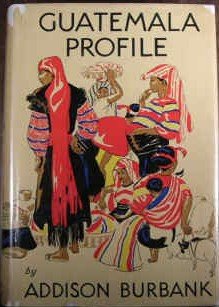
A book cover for Guatemala profile; Addison Burbank; Travel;